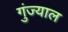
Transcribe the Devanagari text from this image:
गुंज्याल